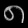
Digit: ၈